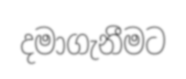
දමාගැනීමට